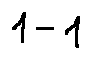
1 - 1